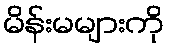
မိန်းမများကို